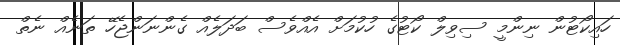
ހައިކޯޓުން ނިންމީ ސިވިލް ކޯޓުގެ ހުކުމަށް އެއްވެސް ބަދަލެއް ގެންނަންޖެހޭ ތަނެއް ނެތް